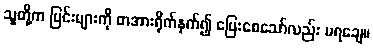
သူတို့က မြင်းများကို တအားရိုက်နှက်၍ ပြေးစေသော်လည်း မရချေ။